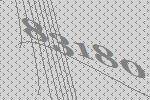
83180